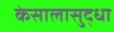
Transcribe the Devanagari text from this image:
केसालासुद्धा